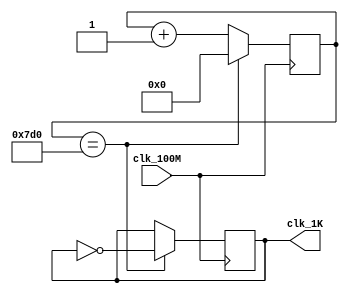
`timescale 1ns / 1ps
//////////////////////////////////////////////////////////////////////////////////
// Company: 
// Engineer: 
// 
// Design Name: 
// Module Name: Fdiv
// Project Name: 
// Target Devices: 
// Tool Versions: 
// Description: 
// 
// Dependencies: 
// 
// Revision:
// Revision 0.01 - File Created
// Additional Comments:
// 
//////////////////////////////////////////////////////////////////////////////////


module Fdiv(
      input clk_100M,
      output reg clk_1K
    );
  reg [10:0] counter1;
   always@(posedge clk_100M)
   begin
       if(counter1==11'd2000)
            begin
              clk_1K<=~clk_1K;
              counter1<=11'd0;
            end
       else 
           counter1<=counter1+1'b1;
   end

endmodule